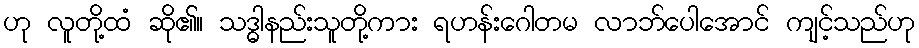
ဟု လူတို့ထံ ဆို၏။ သဒ္ဓါနည်းသူတို့ကား ရဟန်းဂေါတမ လာဘ်ပေါအောင် ကျင့်သည်ဟု